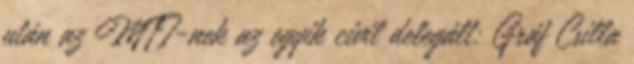
után az MTI-nek az egyik civil delegált: Gráf Csilla